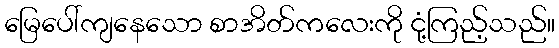
မြေပေါ်ကျနေသော စာအိတ်ကလေးကို ငုံ့ကြည့်သည်။